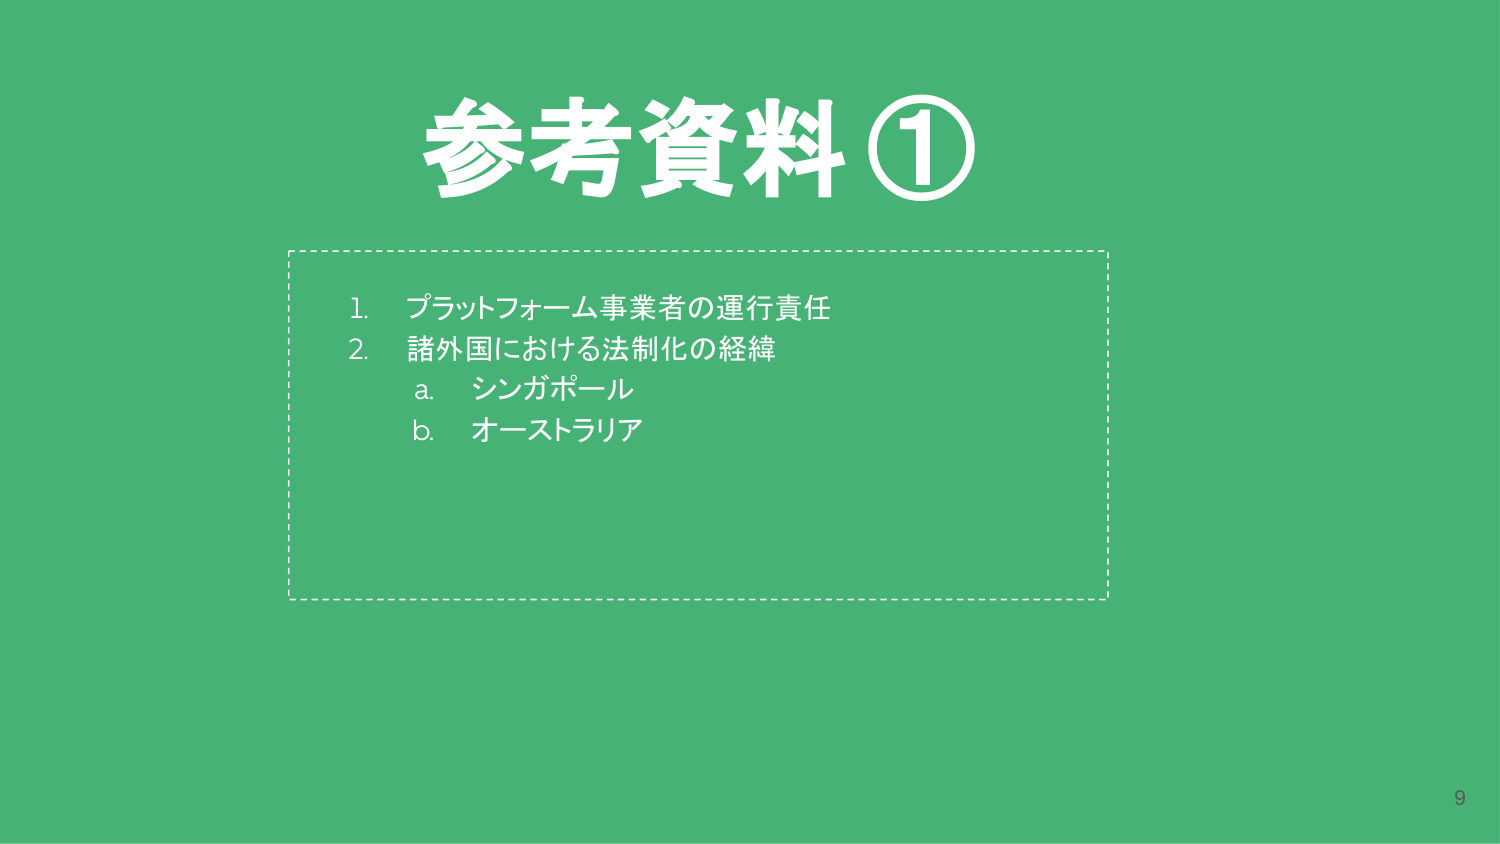
参考資料①

1. プラットフォーム事業者の運行責任
2. 諸外国における法制化の経緯
   a. シンガポール
   b. オーストラリア

9